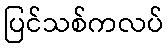
ပြင်သစ်ကလပ်